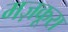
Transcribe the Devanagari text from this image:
मज़कूरा